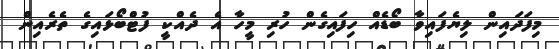
މިފަދައިން ލިޔެފައިވާ ބޯޑެއް ހިފައިގެން ހުރި މީހާ އެ ދެއްކީ ފުޓްބޯޅައިގެ ތެރެއިން